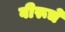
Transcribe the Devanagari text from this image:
वीरूचे